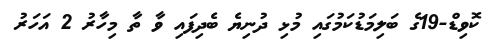
ކޮވިޑް-19ގެ ބަލިމަޑުކަމުގައި މުޅި ދުނިޔެ ބެދިފައި ވާ ތާ މިހާރު 2 އަހަރު